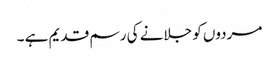
مردوں کو جلانے کی رسم قدیم ہے ۔